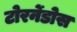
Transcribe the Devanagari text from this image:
टोरर्नेडोस